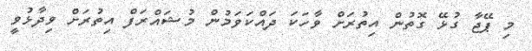
މި ޕޭޖާ ގުޅޭ ގޮތުން އިތުރަށް ވާހަކަ ދައްކަވަމުން މުޝައްރަފް އިތުރަށް ވިދާޅުވީ